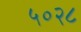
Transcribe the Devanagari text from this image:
५०२८